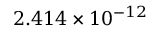
2 . 4 1 4 \times 1 0 ^ { - 1 2 }